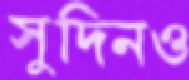
সুদিনও